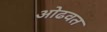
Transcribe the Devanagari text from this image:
ओढवत